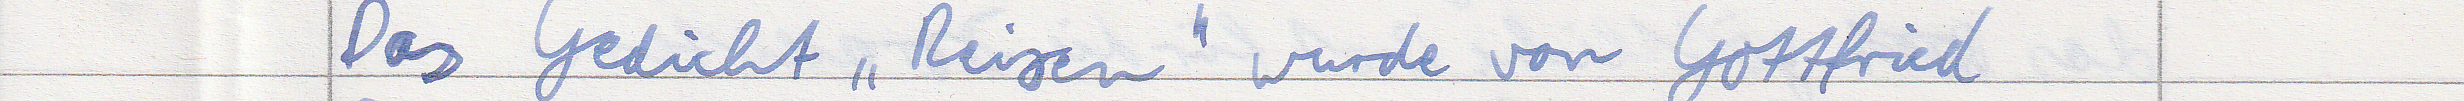
Das Gedicht "Reisen" wurde von Gottfried